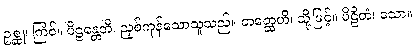
ဥစ္ဆု၊ ကြံဝ်။ ပိဠန္တေတိ၊ ညှစ်ကုန်သောသူသည်။ တတ္ထေဟိ၊ သို့ဖြင့်။ ပိဠိတံ၊ သော။